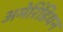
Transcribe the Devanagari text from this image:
अमेरिंडियन